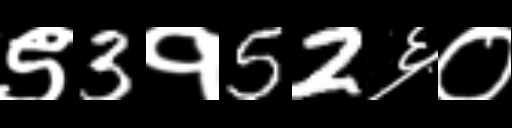
Text: ९3१52६०